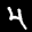
Label: 4